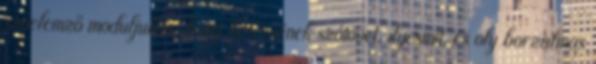
szóelemző moduljukon, hogy keresnének szótövet, ilyesmit, és oly borzalmas